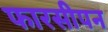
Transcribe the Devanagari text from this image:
फारसीपन